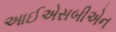
આઈએસબીએન